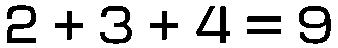
2 + 3 + 4 = 9